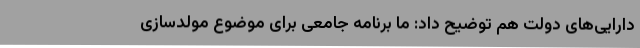
دارایی‌های دولت هم توضیح داد: ما برنامه جامعی برای موضوع مولدسازی